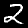
Digit: 2